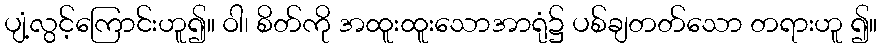
ပျံ့လွင့်ကြောင်းဟူ၍။ ဝါ၊ စိတ်ကို အထူးထူးသောအာရုံ၌ ပစ်ချတတ်သော တရားဟူ ၍။